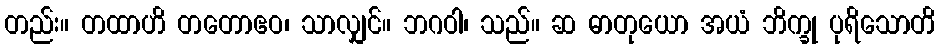
တည်း။ တထာဟိ တတောဧဝ၊ သာလျှင်။ ဘဂဝါ၊ သည်။ ဆ ဓာတုယော အယံ ဘိက္ခု ပုရိသောတိ